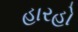
હારહો